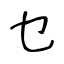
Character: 乜